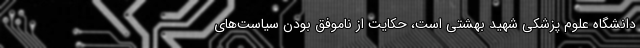
دانشگاه علوم پزشکی شهید بهشتی است، حکایت از ناموفق بودن سیاست‌های